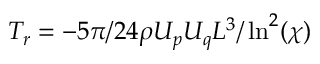
T _ { r } = - 5 \pi / 2 4 \rho U _ { p } U _ { q } L ^ { 3 } / \ln ^ { 2 } ( \chi )